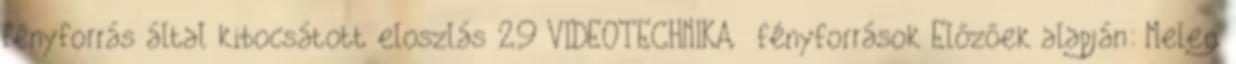
fényforrás által kibocsátott eloszlás 29 VIDEOTECHNIKA fényforrások Előzőek alapján: Meleg